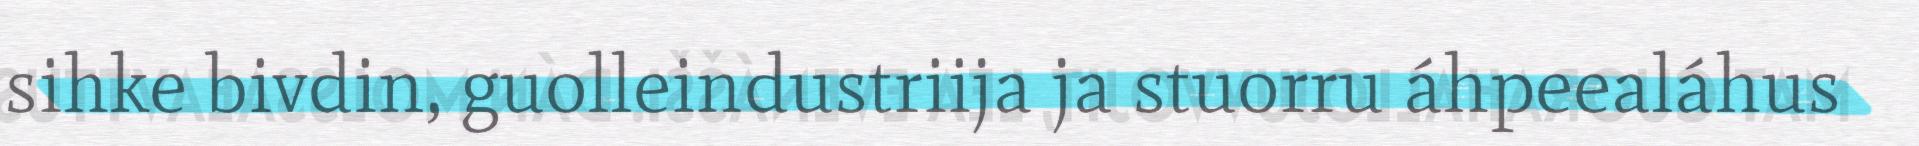
sihke bivdin, guolleindustriija ja stuorru áhpeealáhus